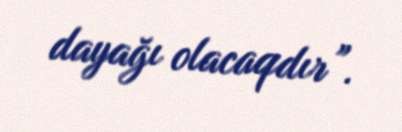
dayağı olacaqdır”.